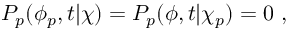
P _ { p } ( \phi _ { p } , t | \chi ) = P _ { p } ( \phi , t | \chi _ { p } ) = 0 \ ,